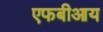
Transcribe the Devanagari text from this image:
एफबीआय